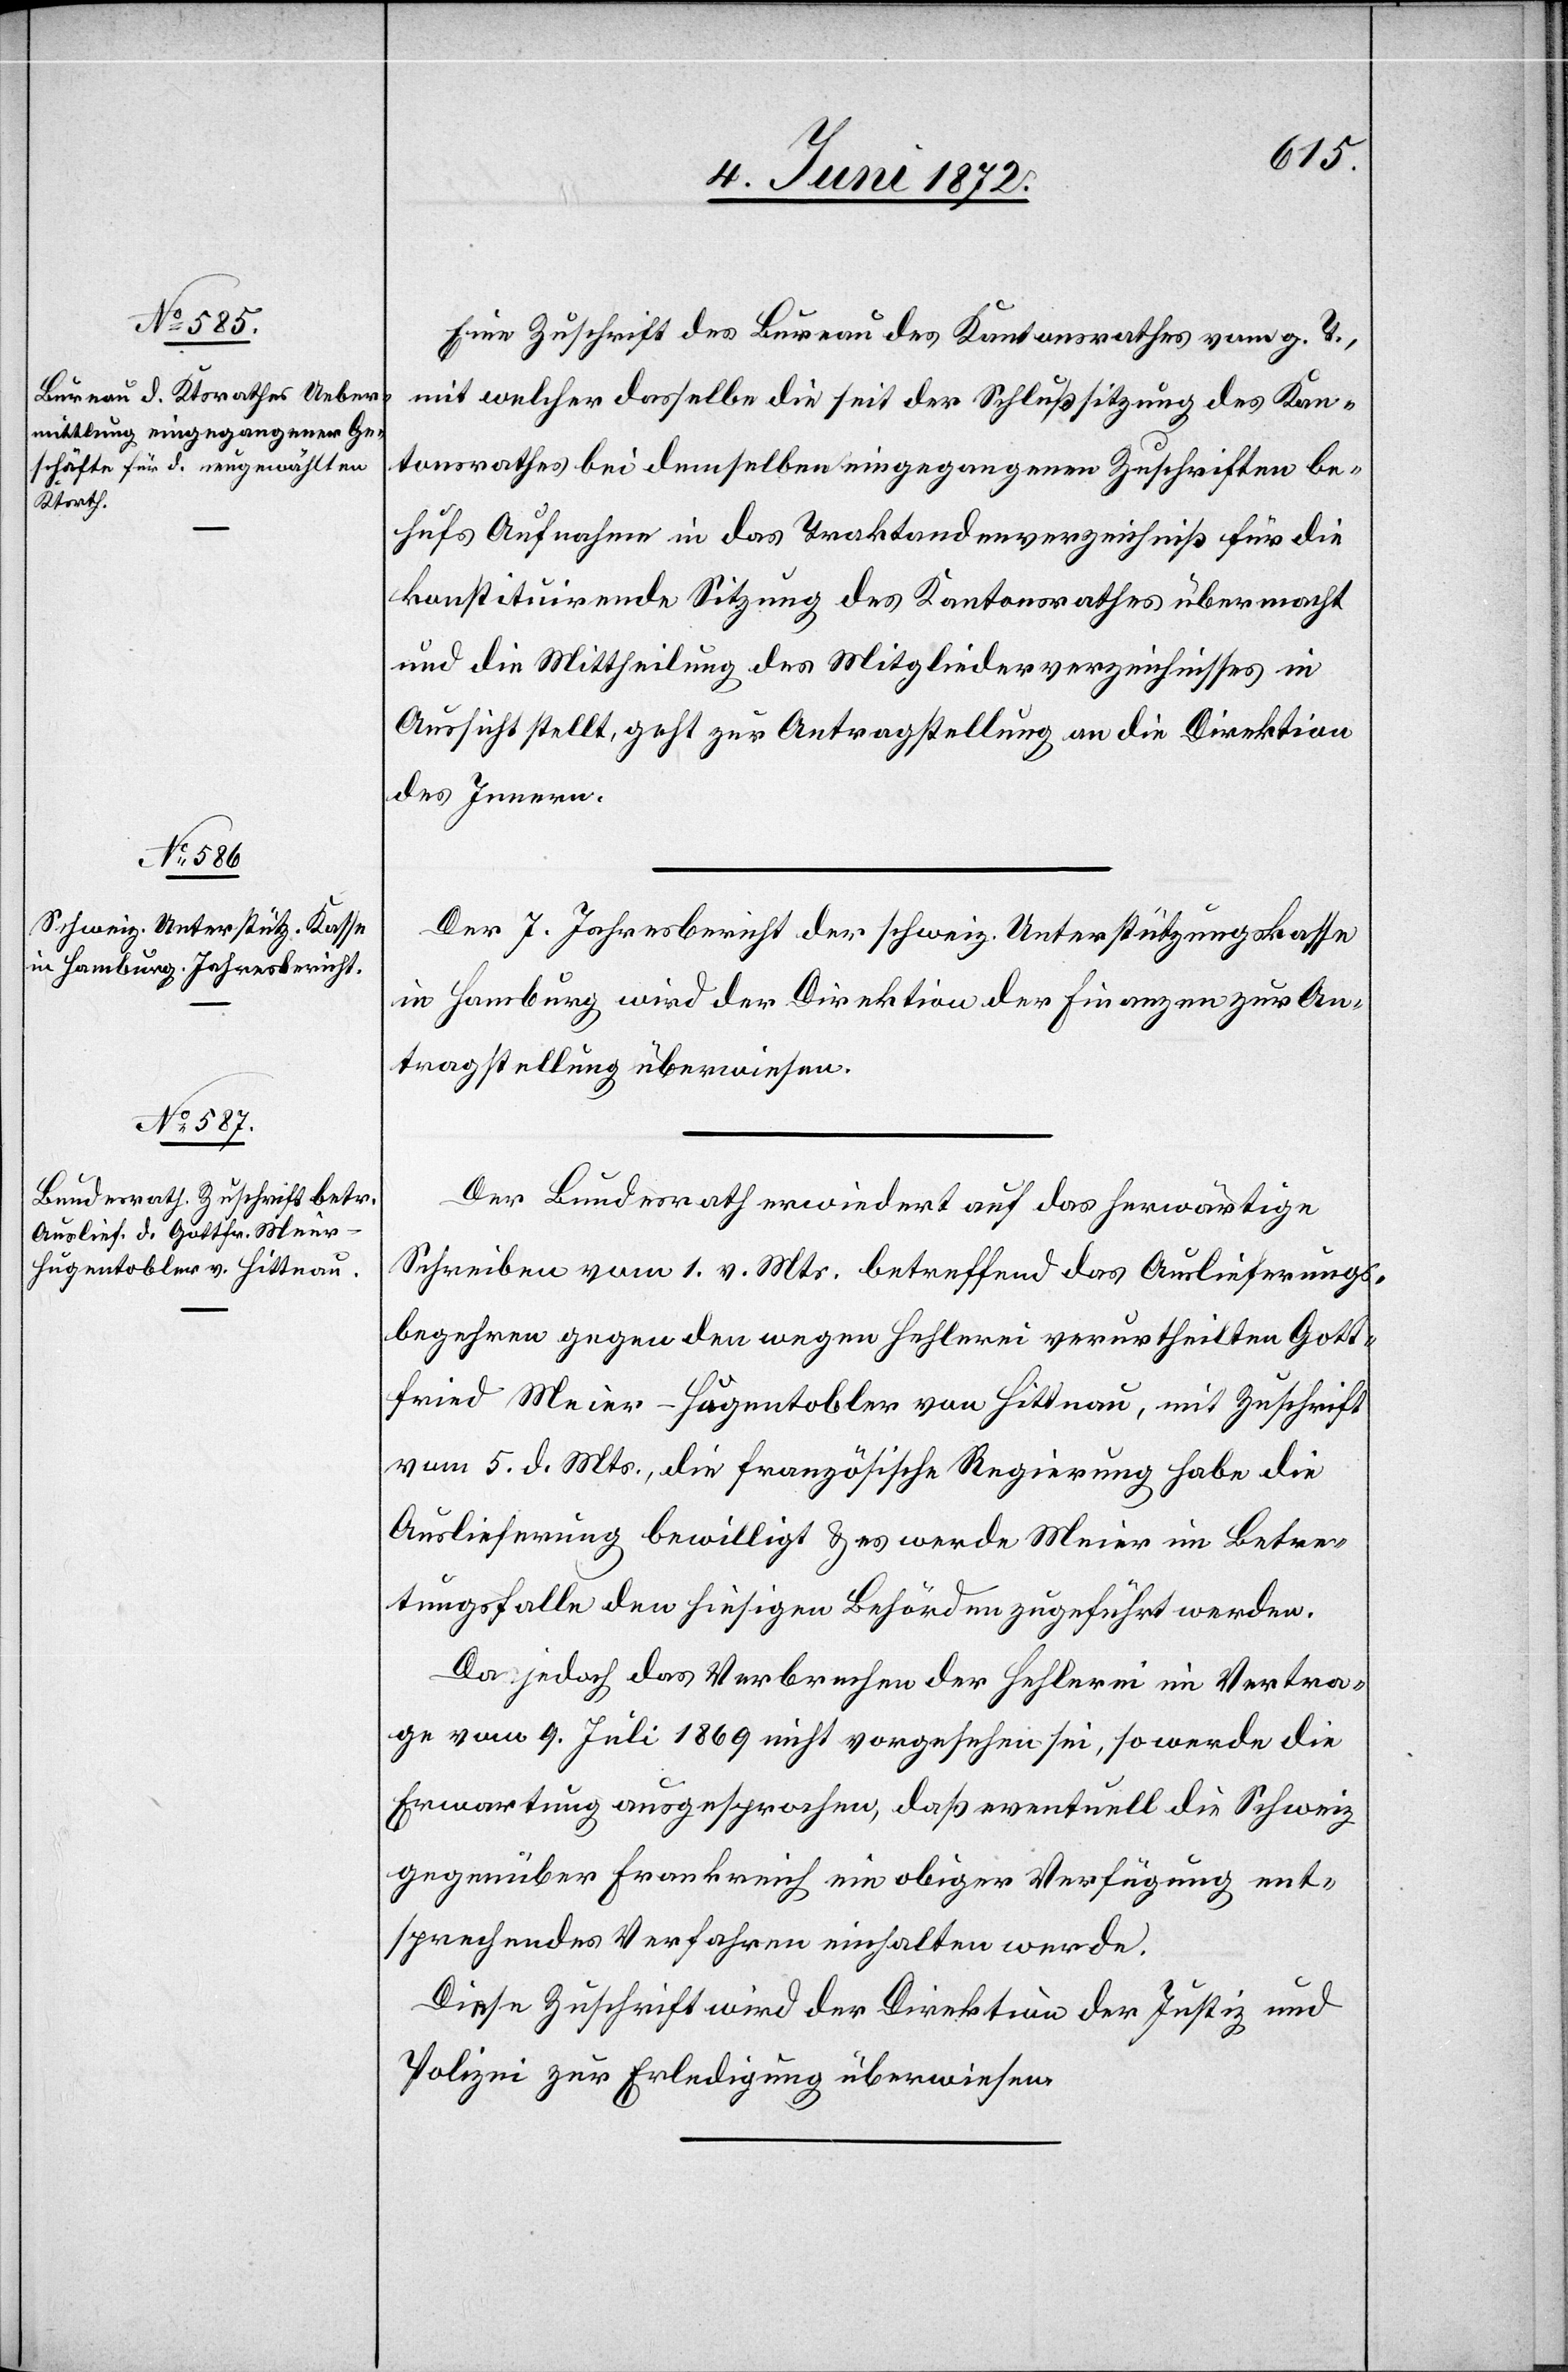
7. Juni 1872.]
Eine Zuschrift des Bureau des Kantonsrathes vom g. T.,
mit welcher dasselbe die seit der Schlußsitzung des Kan¬
tonsrathes bei demselben eingegangenen Zuschriften be¬
hufs Aufnahme in das Traktandenverzeichniß für die
konstituirende Sitzung des Kantonsrathes übermacht
und die Mittheilung des Mitgliederverzeichnisses in
Aussicht, geht zur Antragstellung an die Direktion
des Innern.
Der 7. Jahresbericht der schweiz. Unterstützungskasse
in Hamburg wird der Direktion der Finanzen zur An¬
tragstellung überwiesen.
Der Bundesrath erwiedert auf das herwärtige
Schreiben vom 1. v. Mts. betreffend das Auslieferungs¬
begehren gegen den wegen Hehlerei verurtheilten Gott¬
fried Meier-Hugentobler von Hittnau, mit Zuschrift
vom 5. d. Mts., die französische Regierung habe die
Auslieferung bewilligt u. es werde Meier im Betre¬
tungsfalle den hiesigen Behörden zugeführt werden.
Da jedoch das Verbrechen der Hehlerei im Vertra¬
ge vom 9. Juli 1869 nicht vorgesehen sei, so werde die
Erwartung ausgesprochen, daß eventuell die Schweiz
gegenüber Frankreich ein obiger Verfügung ent¬
sprechendes Verfahren einhalten werde.
Diese Zuschrift wird der Direktion der Justiz und
Polizei zur Erledigung überwiesen.